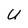
Character: U